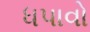
ધપાવો